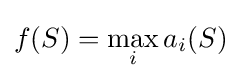
f(S)=\max _{i}a_{i}(S)